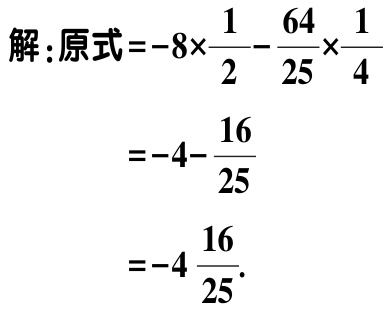
解：原式\(=-8\times\frac{1}{2}-\frac{64}{25}\times\frac{1}{4}\)

\(=-4 - \frac{16}{25}\)

\(=-4\frac{16}{25}\).